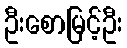
ဦးစောမြင့်ဦး